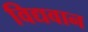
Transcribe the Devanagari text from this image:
विद्यवान